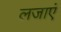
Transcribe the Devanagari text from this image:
लजाएं